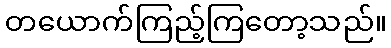
တယောက်ကြည့်ကြတော့သည်။